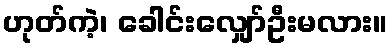
ဟုတ်ကဲ့၊ ခေါင်းလျှော်ဦးမလား။